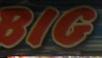
big